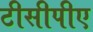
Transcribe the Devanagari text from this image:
टीसीपीए